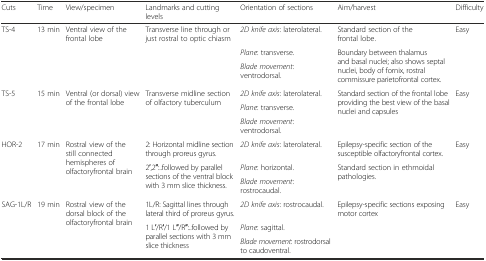
<table><thead><tr><td><b>Cuts</b></td><td><b>Time</b></td><td><b>View/specimen</b></td><td><b>Landmarks and cutting levels</b></td><td><b>Orientation of sections</b></td><td><b>Aim/harvest</b></td><td><b>Difficulty</b></td></tr></thead><tbody><tr><td rowspan="3">TS-4</td><td rowspan="3">13 min</td><td rowspan="3">Ventral view of the frontal lobe</td><td rowspan="3">Transverse line through or just rostral to optic chiasm</td><td><i>2D knife axis</i>: laterolateral.</td><td>Standard section of the frontal lobe.</td><td rowspan="3">Easy</td></tr><tr><td><i>Plane</i>: transverse.</td><td rowspan="2">Boundary between thalamus and basal nuclei; also shows septal nuclei, body of fornix, rostral commissure parietofrontal cortex.</td></tr><tr><td><i>Blade movement</i>: ventrodorsal.</td></tr><tr><td rowspan="3">TS-5 </td><td rowspan="3">15 min</td><td rowspan="3">Ventral (or dorsal) view of the frontal lobe</td><td rowspan="3">Transverse midline section of olfactory tuberculum</td><td><i>2D knife axis</i>: laterolateral.</td><td rowspan="3">Standard section of the frontal lobe providing the best view of the basal nuclei and capsules</td><td rowspan="3">Easy</td></tr><tr><td><i>Plane</i>: transverse.</td></tr><tr><td><i>Blade movement</i>: ventrodorsal.</td></tr><tr><td rowspan="3">HOR-2</td><td rowspan="3">17 min</td><td rowspan="3">Rostral view of the still connected hemispheres of olfactoryfrontal brain</td><td>2: Horizontal midline section through proreus gyrus.</td><td><i>2D knife axis</i>: laterolateral.</td><td>Epilepsy-specific section of the susceptible olfactoryfrontal cortex.</td><td rowspan="3">Easy</td></tr><tr><td rowspan="2">2′,2′′:..followed by parallel sections of the ventral block with 3 mm slice thickness.</td><td><i>Plane</i>: horizontal.</td><td rowspan="2">Standard section in ethmoidal pathologies.</td></tr><tr><td><i>Blade movement</i>: rostrocaudal.</td></tr><tr><td rowspan="3">SAG-1L/R</td><td rowspan="3">19 min</td><td rowspan="3">Rostral view of the dorsal block of the olfactoryfrontal brain</td><td>1L/R: Sagittal lines through lateral third of proreus gyrus.</td><td><i>2D knife axis</i>: rostrocaudal.</td><td rowspan="3">Epilepsy-specific sections exposing motor cortex</td><td rowspan="3">Easy</td></tr><tr><td rowspan="2">1 L′/R′/1 L′′/R′′:..followed by parallel sections with 3 mm slice thickness</td><td><i>Plane</i>: sagittal.</td></tr><tr><td><i>Blade movement</i>: rostrodorsal to caudoventral.</td></tr></tbody></table>